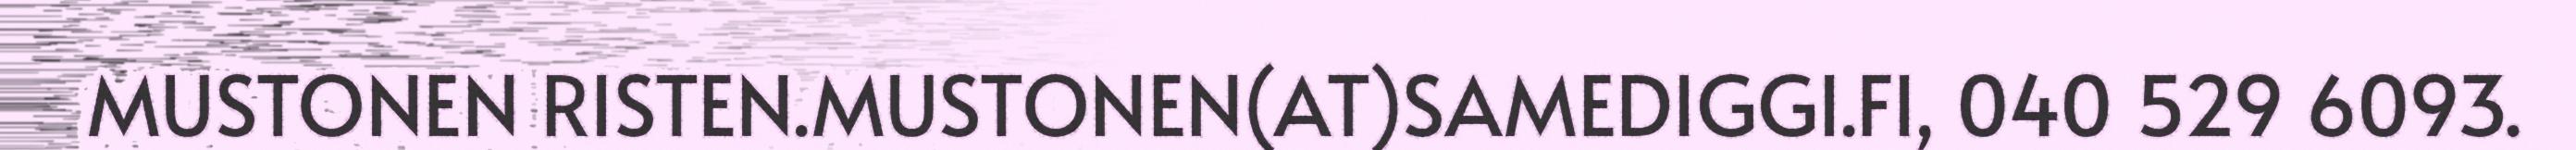
MUSTONEN RISTEN.MUSTONEN(AT)SAMEDIGGI.FI, 040 529 6093.